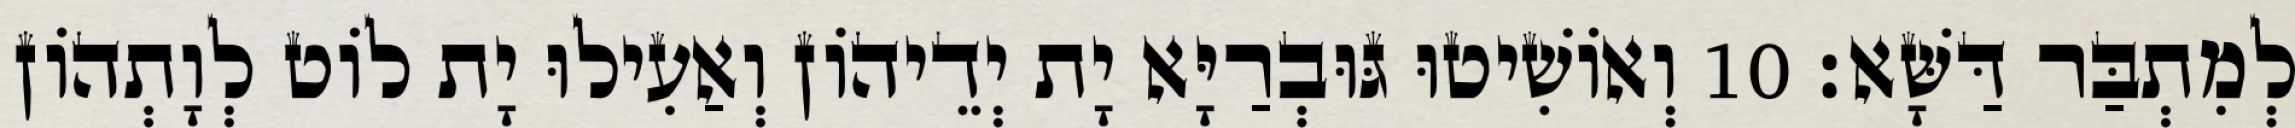
לְמִתְבַּר דַּשָּׁא׃ 10 וְאוֹשִׁיטוּ גּוּבְרַיָּא יָת יְדֵיהוֹן וְאַעִילוּ יָת לוֹט לְוָתְהוֹן